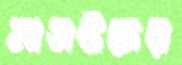
মাসউদের